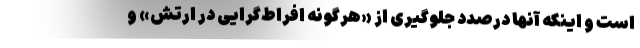
است و اینکه آنها درصدد جلوگیری از «هرگونه افراط‌گرایی در ارتش» و